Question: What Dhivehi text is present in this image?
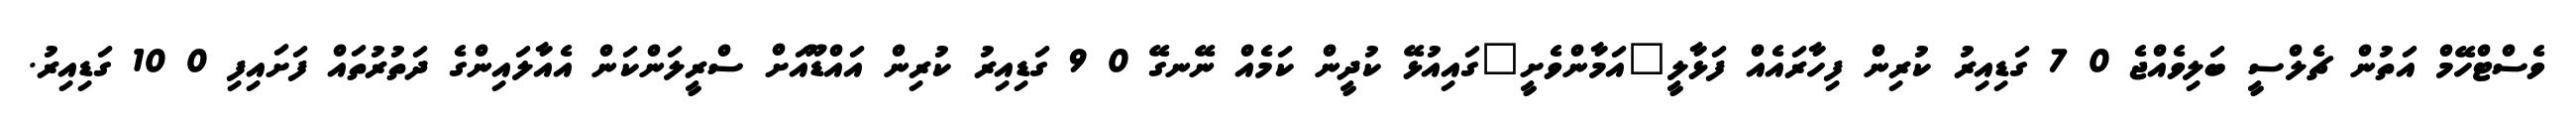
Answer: ވެސްޓްހޭމް އަތުން ޗެލްސީ ބަލިވެއްޖެ 0 7 ގަޑިއިރު ކުރިން ފިހާރައެއް ފަޅާލީ"އަމާންވެށީ"ގައިއުޅޭ ކުދީން ކަމެއް ނޭނގޭ 0 9 ގަޑިއިރު ކުރިން އައްޑޫއަށް ސްރީލަންކަން އެއާލައިންގެ ދަތުރުތައް ފަށައިފި 0 10 ގަޑިއިރު.